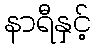
နာရီနှင့်